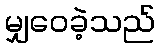
မျှဝေခဲ့သည်